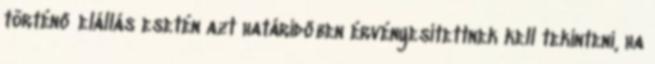
történő elállás esetén azt határidőben érvényesítettnek kell tekinteni, ha